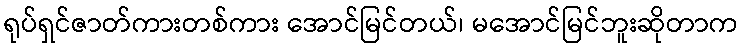
ရုပ်ရှင်ဇာတ်ကားတစ်ကား အောင်မြင်တယ်၊ မအောင်မြင်ဘူးဆိုတာက